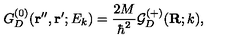
G _ { D } ^ { ( 0 ) } ( { \bf r ^ { \prime \prime } } , { \bf r ^ { \prime } } ; E _ { k } ) = \frac { 2 M } { \hbar ^ { 2 } } { \mathcal G } _ { D } ^ { ( + ) } ( { \bf R } ; k ) ,